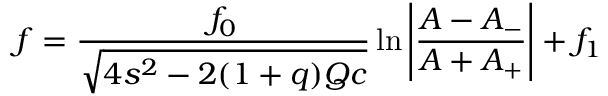
f = \frac { f _ { 0 } } { \sqrt { 4 s ^ { 2 } - 2 ( 1 + q ) Q c } } \ln { \left| \frac { A - A _ { - } } { A + A _ { + } } \right| } + f _ { 1 }